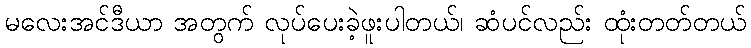
မလေးအင်ဒီယာ အတွက် လုပ်ပေးခဲ့ဖူးပါတယ်၊ ဆံပင်လည်း ထုံးတတ်တယ်